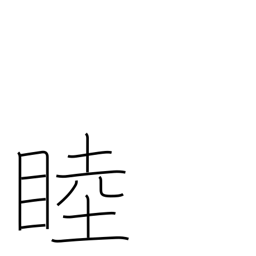
Meaning: intimate